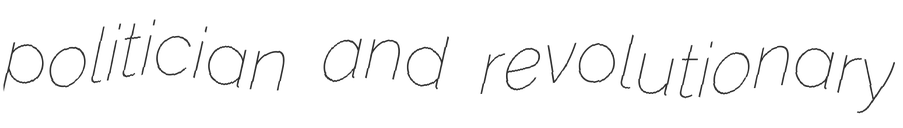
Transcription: politician and revolutionary